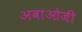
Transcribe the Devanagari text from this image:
अबाओजी